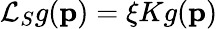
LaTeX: \mathcal{L}_{S}g(\mathbf{p})=\xi Kg(\mathbf{p})